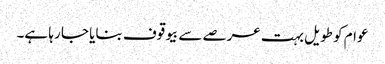
عوام کو طویل بہت عرصے سے بیوقوف بنایا جا رہا ہے۔